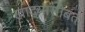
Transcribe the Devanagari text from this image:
खाद्यासोबत